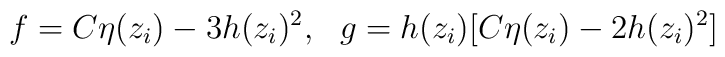
f = C\eta(z_i) - 3h(z_i)^2,~~g = h(z_i) [C \eta(z_i) - 2h(z_i)^2]